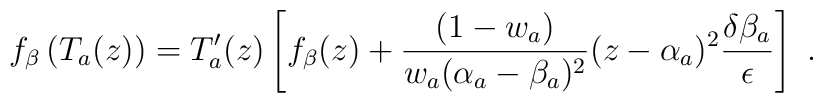
f_\beta \left( T_a(z)\right) =T'_a(z)\left[ f_\beta (z)+\frac{(1-w_a)}{w_a(\alpha _a-\beta _a)^2}(z-\alpha _a)^2\frac{\delta \beta _a}{\epsilon }\right] \ .